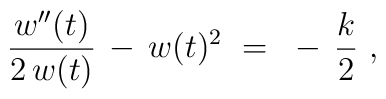
{w^{\prime\prime}(t) \over 2\,w(t)} \, - \, w(t)^2~=~- \, {k \over 2}~,